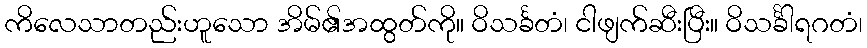
ကိလေသာတည်းဟူသော အိမ်၏အထွတ်ကို။ ဝိသင်္ခတံ၊ ငါဖျက်ဆီးပြီး။ ဝိသင်္ခါရဂတံ၊